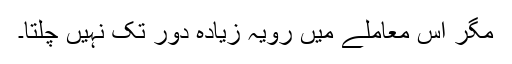
مگر اس معاملے میں رویہ زیادہ دور تک نہیں چلتا۔